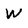
Character: W